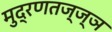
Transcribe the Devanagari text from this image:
मुद्रणतज्ज्ञ